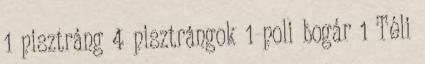
1 pisztráng 4 pisztrángok 1 poli bogár 1 Téli